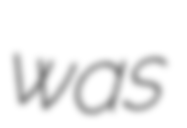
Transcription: was